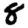
Digit: 8